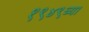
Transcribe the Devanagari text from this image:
१९४९च्या